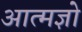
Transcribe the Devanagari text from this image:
आत्मज्ञो